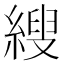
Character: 𦃈